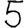
Digit: 5